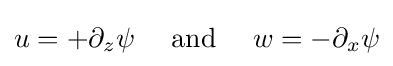
u=+\partial _{z}\psi \quad {\text{ and }}\quad w=-\partial _{x}\psi